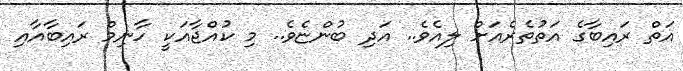
އަތް ރައިބާގެ އަތުތެރެއަށް ލިއެވެ.. އަދި ބުންޏެވެ.. މި ކުއްޖާއަކީ ހާނިމް ރައިބާއާއި